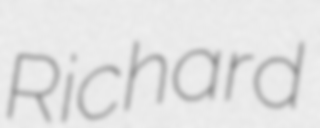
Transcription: Richard